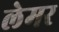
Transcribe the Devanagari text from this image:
लेमर